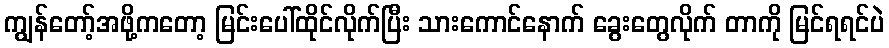
ကျွန်တော့်အဖို့ကတော့ မြင်းပေါ်ထိုင်လိုက်ပြီး သားကောင်နောက် ခွေးတွေလိုက် တာကို မြင်ရရင်ပဲ